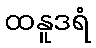
ထနူဒရံ